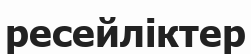
ресейліктер